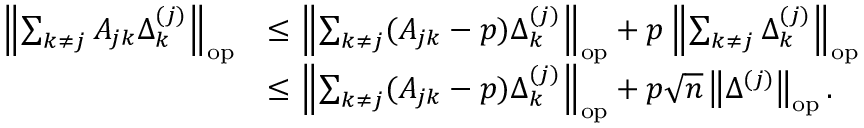
\begin{array} { r l } { \left\| { \sum _ { k \neq j } A _ { j k } \Delta _ { k } ^ { ( j ) } } \right\| _ { \mathrm { o p } } } & { \leq \left\| { \sum _ { k \neq j } ( A _ { j k } - p ) \Delta _ { k } ^ { ( j ) } } \right\| _ { \mathrm { o p } } + p \left\| { \sum _ { k \neq j } \Delta _ { k } ^ { ( j ) } } \right\| _ { \mathrm { o p } } } \\ & { \leq \left\| { \sum _ { k \neq j } ( A _ { j k } - p ) \Delta _ { k } ^ { ( j ) } } \right\| _ { \mathrm { o p } } + p \sqrt { n } \left\| { \Delta ^ { ( j ) } } \right\| _ { \mathrm { o p } } . } \end{array}